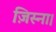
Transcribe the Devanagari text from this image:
ज़िस्ना।